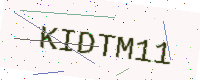
Text: KIDTM11